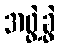
အဖွဲ့ခွဲ